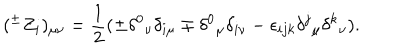
( ^ { \pm } Z _ { i } ) _ { \mu \nu } = \frac { 1 } { 2 } ( \pm \delta ^ { 0 } { } _ { \nu } \delta _ { i \mu } \mp \delta ^ { 0 } { } _ { \mu } \delta _ { i \nu } - \epsilon _ { i j k } \delta ^ { j } { } _ { \mu } \delta ^ { k } { } _ { \nu } ) .